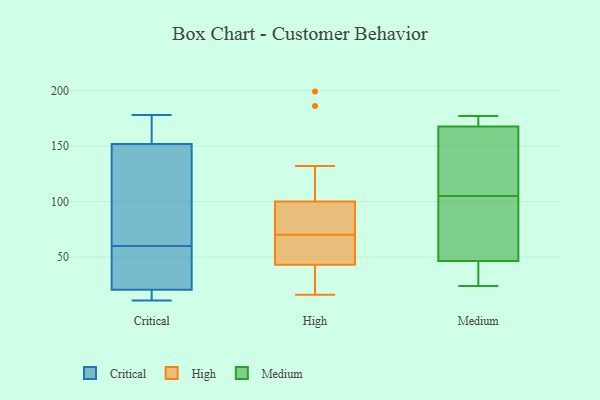
{"axis": {"x": "Humidity (%)", "y": "Value"}, "legend": ["Critical", "High", "Medium"], "data": [{"x": "", "y": 16, "type": "Critical"}, {"x": "", "y": 16, "type": "Critical"}, {"x": "", "y": 13, "type": "Critical"}, {"x": "", "y": 60, "type": "Critical"}, {"x": "", "y": 178, "type": "Critical"}, {"x": "", "y": 47, "type": "Critical"}, {"x": "", "y": 164, "type": "Critical"}, {"x": "", "y": 34, "type": "Critical"}, {"x": "", "y": 54, "type": "Critical"}, {"x": "", "y": 11, "type": "Critical"}, {"x": "", "y": 133, "type": "Critical"}, {"x": "", "y": 128, "type": "Critical"}, {"x": "", "y": 158, "type": "Critical"}, {"x": "", "y": 171, "type": "Critical"}, {"x": "", "y": 72, "type": "Critical"}, {"x": "", "y": 199, "type": "High"}, {"x": "", "y": 132, "type": "High"}, {"x": "", "y": 82, "type": "High"}, {"x": "", "y": 54, "type": "High"}, {"x": "", "y": 50, "type": "High"}, {"x": "", "y": 75, "type": "High"}, {"x": "", "y": 16, "type": "High"}, {"x": "", "y": 40, "type": "High"}, {"x": "", "y": 100, "type": "High"}, {"x": "", "y": 39, "type": "High"}, {"x": "", "y": 65, "type": "High"}, {"x": "", "y": 86, "type": "High"}, {"x": "", "y": 46, "type": "High"}, {"x": "", "y": 100, "type": "High"}, {"x": "", "y": 21, "type": "High"}, {"x": "", "y": 186, "type": "High"}, {"x": "", "y": 70, "type": "Medium"}, {"x": "", "y": 164, "type": "Medium"}, {"x": "", "y": 24, "type": "Medium"}, {"x": "", "y": 94, "type": "Medium"}, {"x": "", "y": 177, "type": "Medium"}, {"x": "", "y": 171, "type": "Medium"}, {"x": "", "y": 30, "type": "Medium"}, {"x": "", "y": 172, "type": "Medium"}, {"x": "", "y": 26, "type": "Medium"}, {"x": "", "y": 63, "type": "Medium"}, {"x": "", "y": 116, "type": "Medium"}, {"x": "", "y": 131, "type": "Medium"}]}